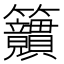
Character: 𥸜